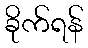
ခိုက်ရန်